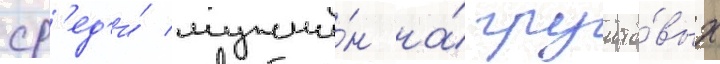
ср'ед'и́ мужчи́н на́ грунто́вых